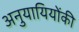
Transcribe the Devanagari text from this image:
अनुयायियोंकी